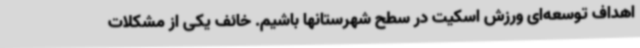
اهداف توسعه‌ای ورزش اسکیت در سطح شهرستانها باشیم. خائف یکی از مشکلات